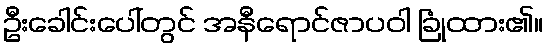
ဦးခေါင်းပေါ်တွင် အနီရောင်ဇာပဝါ ခြုံထား၏။